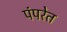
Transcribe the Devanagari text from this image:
पंपरेत